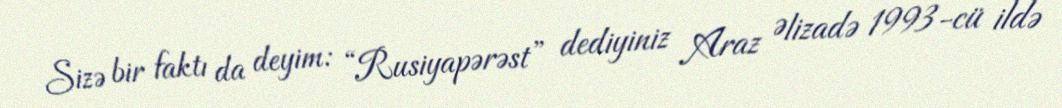
Sizə bir faktı da deyim: “Rusiyapərəst” dediyiniz Araz Əlizadə 1993-cü ildə